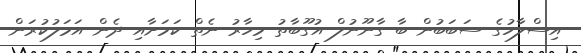
އިސްލާހުގެ ސަބަބުން ބާ ގާނޫނުލް އުގޫބާތު މިހާރު ނެތް ކަމަށާއި ދެން އަމަލުކުރަން